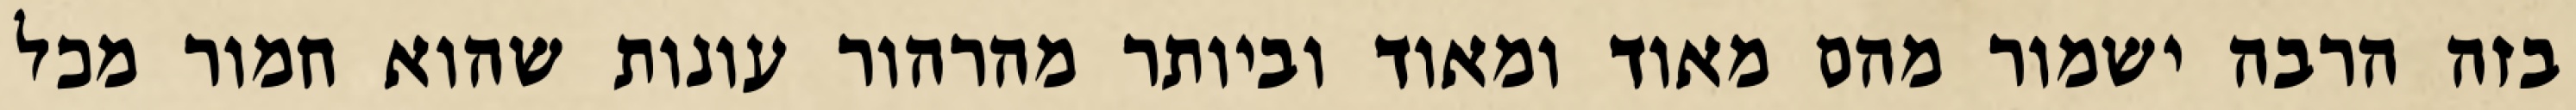
בזה הרבה ישמור מהם מאוד ומאוד וביותר מהרהור עונות שהוא חמור מכל